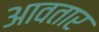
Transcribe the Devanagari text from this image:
आवतार